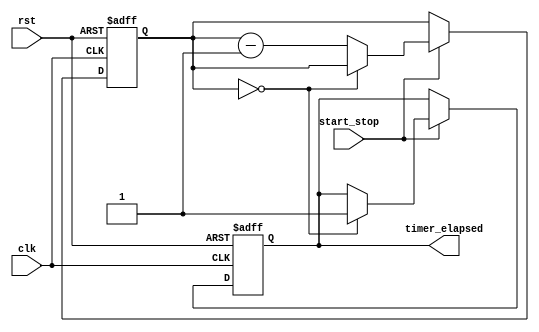
module CountdownTimer (
  input wire clk,
  input wire rst,
  input wire start_stop,
  output reg timer_elapsed
);

reg [31:0] counter;

always @(posedge clk or posedge rst) begin
  if (rst) begin
    counter <= 32'd0;
    timer_elapsed <= 1'b0;
  end else begin
    if (start_stop) begin
      if (counter == 0) begin
        timer_elapsed <= 1'b1;
      end else begin
        counter <= counter - 1;
      end
    end
  end
end

endmodule